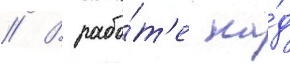
// В рабо́т'е на́д